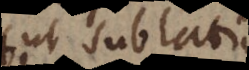
ut sublatis